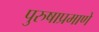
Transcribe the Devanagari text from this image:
पुरुषाप्रमाणे